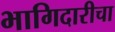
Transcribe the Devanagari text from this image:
भागिदारीचा